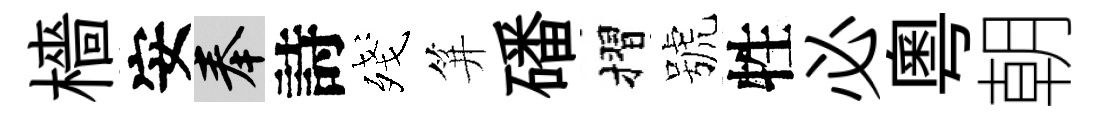
檣安奉詩殘笄磻摺號牲必粵朝